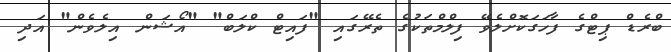
ބްރެޑް ޕިޓްގެ ފާހަގަކޮށްލެވޭ ފިލްމްތަކުގެ ތެރޭގައި "ފައިޓް ކްލަބް" "އޯޝަން އިލެވެން" އަދި